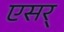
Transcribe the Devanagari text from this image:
एसर्